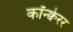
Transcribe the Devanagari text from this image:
कॉन्क्वेरर